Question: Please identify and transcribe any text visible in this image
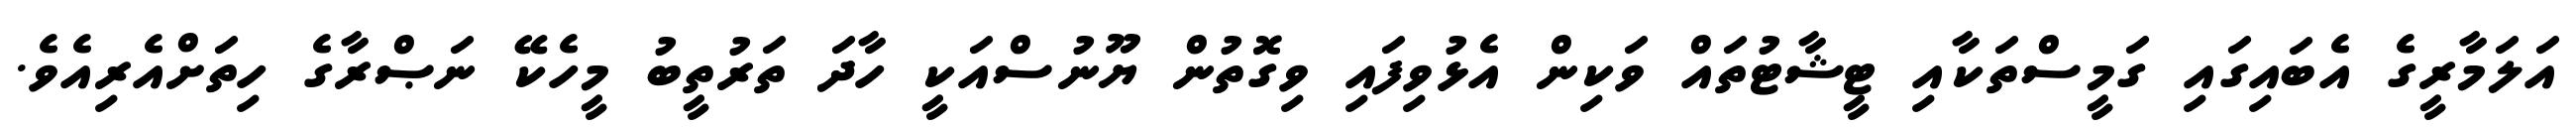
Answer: އަލަމާރީގެ އެބައިގައި ގަމީސްތަކާއި ޓީޝާޓުތައް ވަކިން އެޅުވިފައި ވިގޮތުން ޔޫނުސްއަކީ ހާދަ ތަރުތީބު މީހެކޭ ނަޞްރާގެ ހިތަށްއެރިއެވެ.